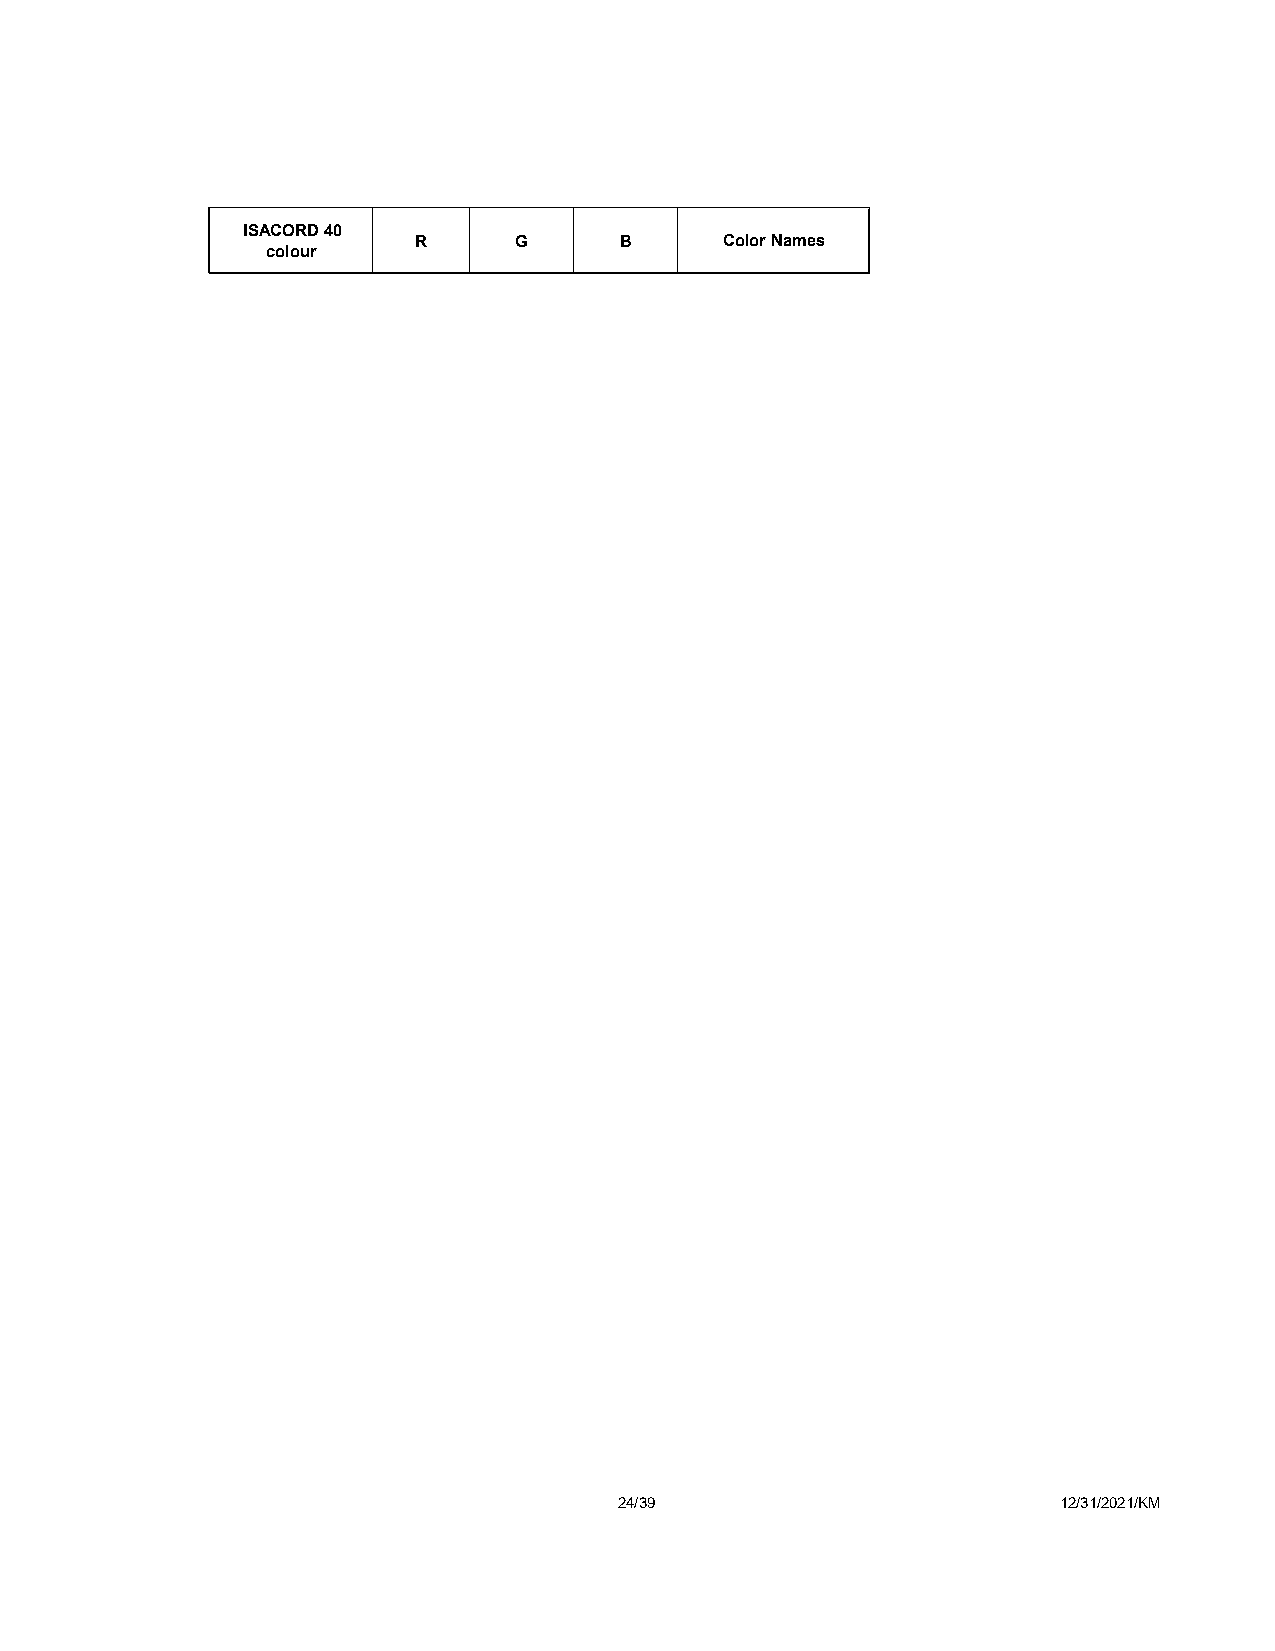
ISACORD 40
 R      G      B      Color Names
 colour
 24/39                        12/31/2021/KM